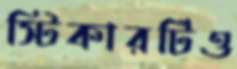
স্টিকারটিও